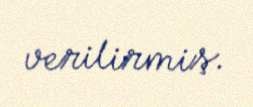
verilirmiş.